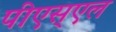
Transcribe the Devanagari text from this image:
पीएस्एल